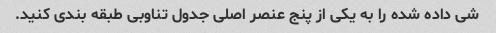
شی داده شده را به یکی از پنج عنصر اصلی جدول تناوبی طبقه بندی کنید.